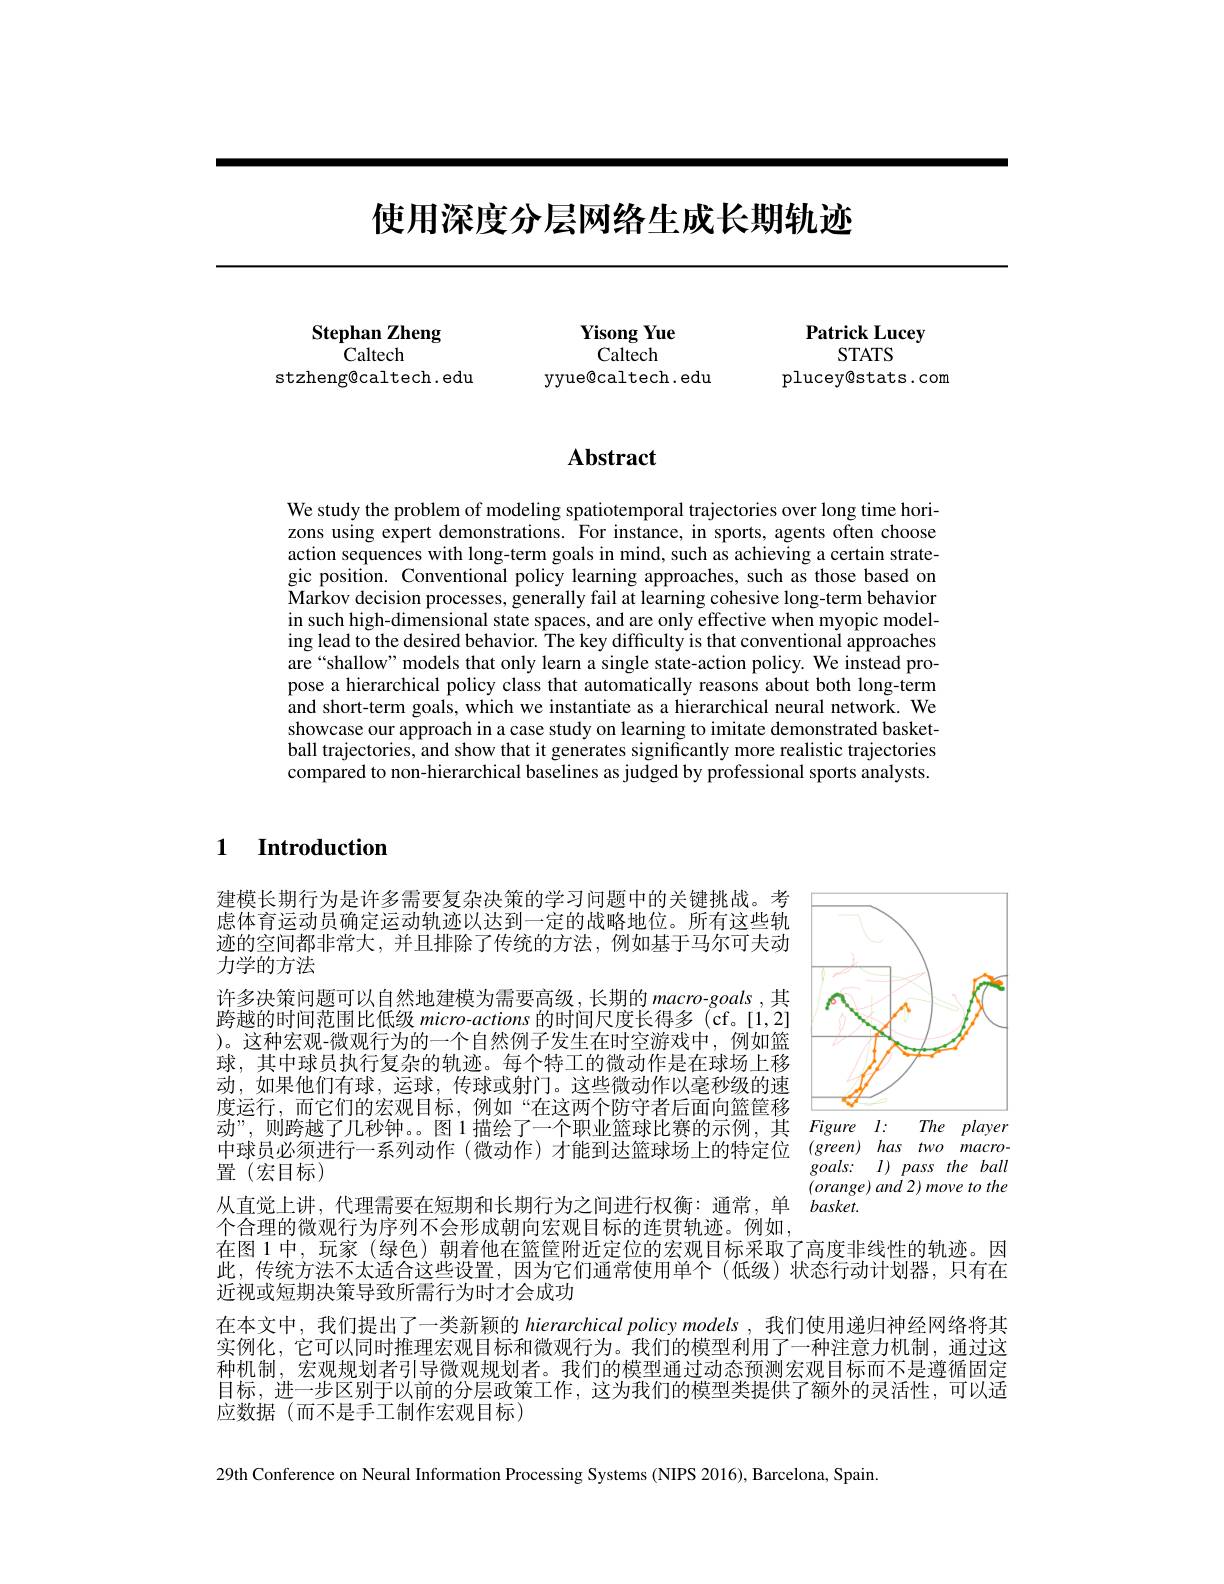
# 使用深度分层网络生成长期轨迹

Yisong Yue Caltech
yyue@caltech. edu

Stephan Zheng
$\dot{C}$altech
stzheng@caltech.edu

Patrick Lucey
STATS
plucey@stats.com

## $\mathbf{Abstract}$

We study the problem of modeling spatiotemporal trajectories over long time horizons using expert demonstrations. For instance, in sports, agents often choose action sequences with long-term goals in mind, such as achieving a certain strategic position. Conventional policy learning approaches, such as those based on Markov decision processes, generally fail at learning cohesive long-term behavior in such high-dimensional state spaces, and are only effective when myopic modeling lead to the desired behavior. The key difficulty is that conventional approaches are“shallow” models that only learn a single state-action policy. We instead propose a hierarchical policy class that automatically reasons about both long-term and short-term goals, which we instantiate as a hierarchical neural network. We showcase our approach in a case study on learning to imitate demonstrated basketball trajectories, and show that it generates significantly more realistic trajectories compared to non-hierarchical baselines as judged by professional sports analysts.

1 Introduction

<FigureHere>

建模长期行为是许多需要复杂决策的学习问题中的关键挑战。考虑体育运动员确定运动轨迹以达到一定的战略地位。所有这些轨迹的空间都非常大，并且排除了传统的方法，例如基于马尔可夫动力学的方法
许多决策问题可以自然地建模为需要高级，长期的 macro-goals ,其跨越的时间范围比低级 micro-actions 的时间尺度长得多 (cf。[1,2] )。这种宏观-微观行为的一个自然例子发生在时空游戏中，例如篮球，其中球员执行复杂的轨迹。每个特工的微动作是在球场上移动，如果他们有球，运球，传球或射门。这些微动作以毫秒级的速度运行，而它们的宏观目标，例如“在这两个防守者后面向篮筐移动”,则跨越了几秒钟。。图1描绘了一个职业篮球比赛的示例，其中球员必须进行一系列动作(微动作)才能到达篮球场上的特定位置(宏目标)
从直觉上讲，代理需要在短期和长期行为之间进行权衡：通常，单 basket.

个合理的微观行为序列不会形成朝向宏观目标的连贯轨迹。例如，
在图 1 中，玩家 (绿色) 朝着他在篮筐附近定位的宏观目标采取了高度非线性的轨迹。因此，传统方法不太适合这些设置，因为它们通常使用单个(低级)状态行动计划器，只有在近视或短期决策导致所需行为时才会成功
在本文中，我们提出了一类新颖的 hierarchical policy models ,我们使用递归神经网络将其实例化，它可以同时推理宏观目标和微观行为。我们的模型利用了一种注意力机制，通过这种机制，宏观规划者引导微观规划者。我们的模型通过动态预测宏观目标而不是遵循固定目标，进一步区别于以前的分层政策工作，这为我们的模型类提供了额外的灵活性，可以适应数据(而不是手工制作宏观目标)

29th Conference on Neural Information Processing Svstems (NIPS 2016). Barcelona. Spain